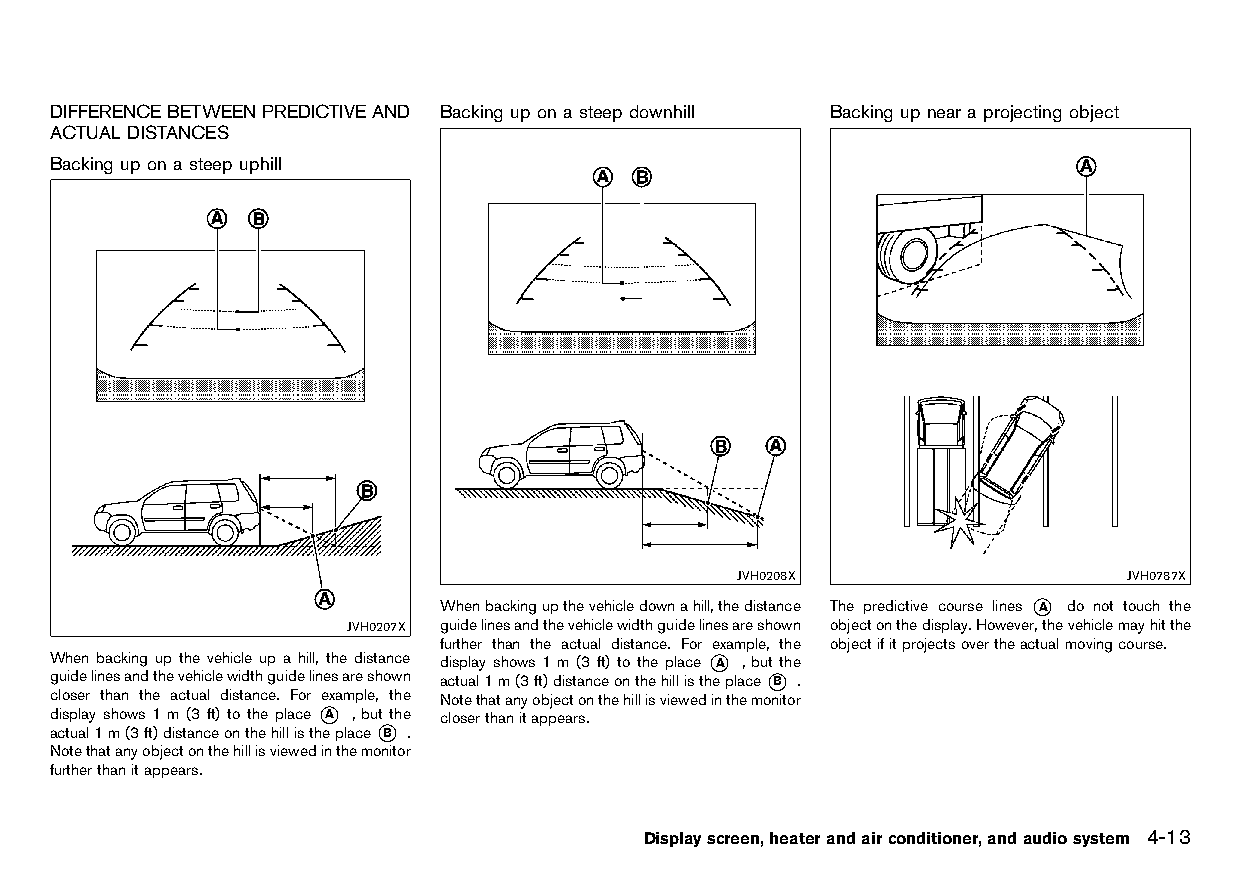
(145,1)
 DIFFERENCEBETWEENPREDICTIVEAND Backing upona steepdownhill Backing upneara projecting object
 HT32A1-47F024B3-6908-4996-B8AD-96E8E0A7F0D1 HT32A1-867BF6E1-C394-4A5A-936A-1AD3EEC43754
 ACTUALDISTANCES
 HT32A1-42055C22-AE1D-42B9-8561-0C9EE445C1C9
 Backing upona steepuphill
 HT32A1-66A8654F-ADC7-4C90-ACAF-FC1298C31F1C
 JVH0208X                 JVH0787X
 Whenbackingupthevehicledownahill,thedistance The predictive course lines *A do not touch the
 JVH0207X guidelinesandthevehiclewidthguidelinesareshown objectonthedisplay.However,thevehiclemayhitthe
 further than the actual distance. For example, the objectifitprojectsovertheactualmovingcourse.
 When backing up the vehicle up a hill, the distance display shows 1 m (3 ft) to the place *A , but the
 guidelinesandthevehiclewidthguidelinesareshown actual1m(3ft)distanceonthehillistheplace*B .
 closer than the actual distance. For example, the Notethatanyobjectonthehillisviewedinthemonitor
 display shows 1 m (3 ft) to the place *A , but the closerthanitappears.
 actual1m(3ft)distanceonthehillistheplace*B .
 Notethatanyobjectonthehillisviewedinthemonitor
 furtherthanitappears.
 Displayscreen,heaterandairconditioner,andaudiosystem 4-13
 Condition:                        [Edit:2015/8/24 Model: HT32-A]